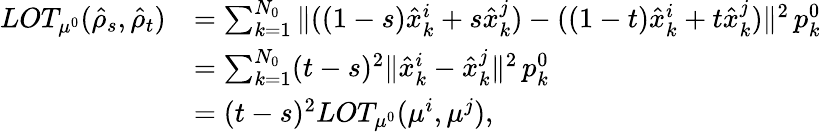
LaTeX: \begin{array}{rl}{LOT_{\mu^{0}}(\hat{\rho}_{s},\hat{\rho}_{t})}&{=\sum_{k=1}^{N_{0}}\| ((1-s)\hat{x}_{k}^{i}+s\hat{x}_{k}^{j})-((1-t)\hat{x}_{k}^{i}+t\hat{x}_{k}^{j})\| ^{2}\, p_{k}^{0}}\\ &{=\sum_{k=1}^{N_{0}}(t-s)^{2}\| \hat{x}_{k}^{i}-\hat{x}_{k}^{j}\| ^{2}\, p_{k}^{0}}\\ &{=(t-s)^{2}LOT_{\mu^{0}}(\mu^{i},\mu^{j}),}\end{array}